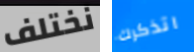
نختلف اتذكرك